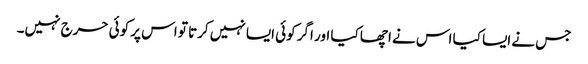
جس نے ایسا کیا اس نے اچھا کیا اور اگر کوئی ایسا نہیں کرتا تو اس پر کوئی حرج نہیں۔